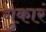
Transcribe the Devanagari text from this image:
गुकारं